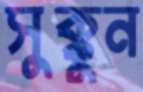
সুক্কুন